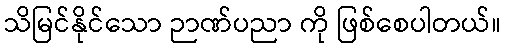
သိမြင်နိုင်သော ဉာဏ်ပညာ ကို ဖြစ်စေပါတယ်။